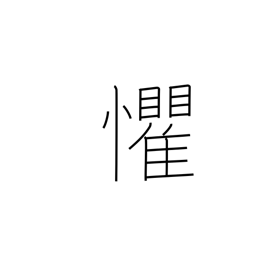
Meaning: overawed